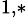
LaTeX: ^{1,\ast}